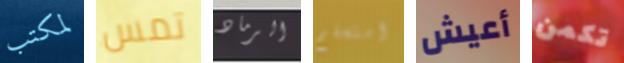
لمكتب تمس الرماد استسلم أعيش تكمن